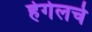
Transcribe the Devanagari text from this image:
हेगेलचे